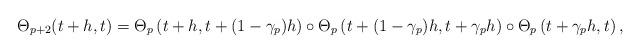
LaTeX: \begin{align*}\Theta_{p+2}(t+h,t) = \Theta_p\left(t+h,t+(1-\gamma_p)h\right) \circ \Theta_p\left(t+(1-\gamma_p) h,t+\gamma_p h\right) \circ \Theta_p\left(t+\gamma_p h,t\right),\end{align*}